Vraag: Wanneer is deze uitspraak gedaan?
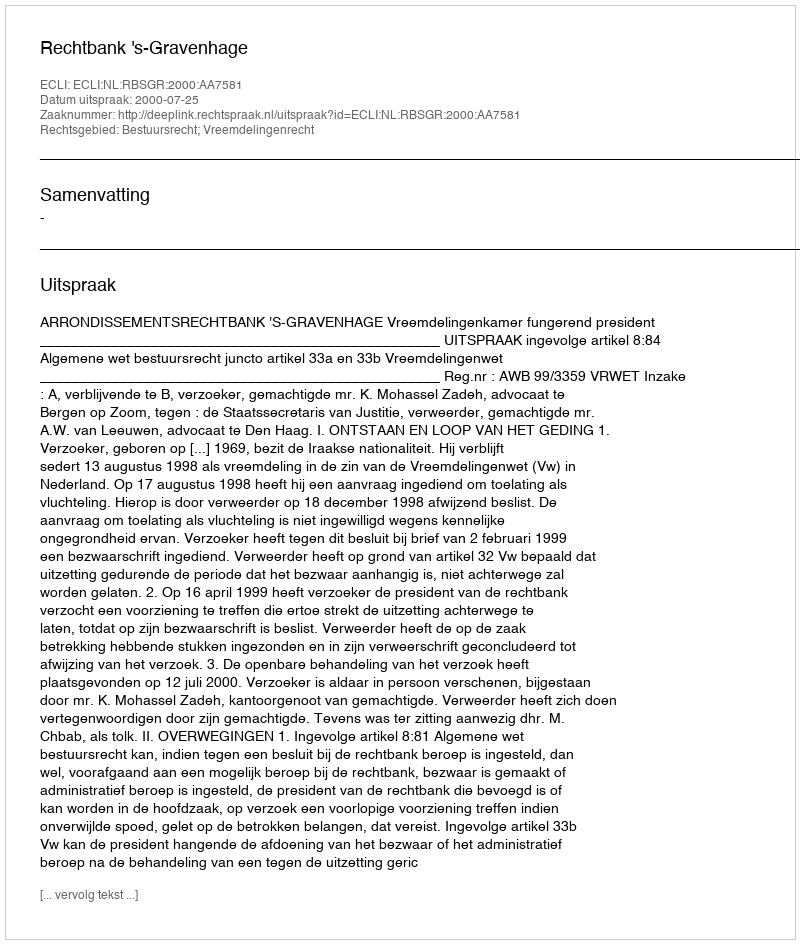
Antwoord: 2000-07-25